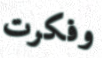
وفكرت